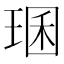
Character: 㻒